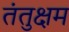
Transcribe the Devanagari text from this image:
तंतुक्षम